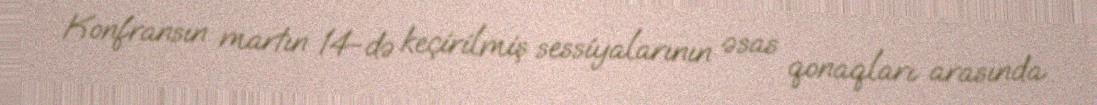
Konfransın martın 14-də keçirilmiş sessiyalarının əsas qonaqları arasında